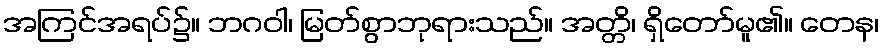
အကြင်အရပ်၌။ ဘဂဝါ၊ မြတ်စွာဘုရားသည်။ အတ္တိ၊ ရှိတော်မူ၏။ တေန၊